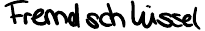
Fremdschlüssel